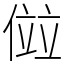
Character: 傡